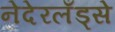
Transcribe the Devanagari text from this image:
नेदेरलँड्से